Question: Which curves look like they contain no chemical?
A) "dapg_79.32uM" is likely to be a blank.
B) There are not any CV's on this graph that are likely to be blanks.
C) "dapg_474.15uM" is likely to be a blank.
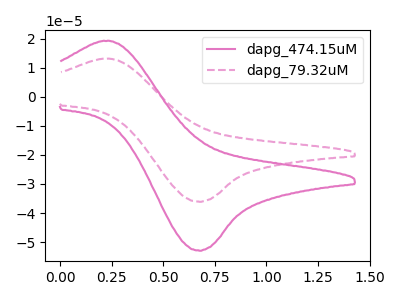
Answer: <think>The pink curve "dapg_474.15uM" has an anodic peak at (0.20V, 19.20uA) and a cathodic peak at (0.65V, -52.95uA). The pink dashed curve "dapg_79.32uM" has an anodic peak at (0.20V, 13.10uA) and a cathodic peak at (0.65V, -36.10uA).</think>
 <answer>B) There are not any CV's on this graph that are likely to be blanks.</answer>
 <eval>B</eval>